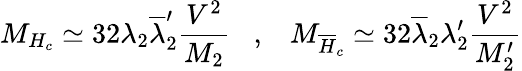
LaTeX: M_{H_{c}}\simeq 32\lambda_{2}\overline{{{\lambda}}}_{2}^{\prime}\frac{V^{2}}{M_{2}}\; \; \; ,\; \; \; M_{\overline{{{H}}}_{c}}\simeq 32\overline{{{\lambda}}}_{2}\lambda_{2}^{\prime}\frac{V^{2}}{M_{2}^{\prime}}